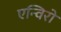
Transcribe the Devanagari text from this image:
एन्विरो